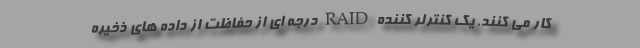
کار می کنند. یک کنترلر کننده RAID درجه ای از حفاظت از داده های ذخیره